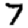
Digit: 7